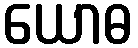
ယောဓ